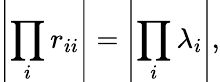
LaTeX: \left|\prod_{i}r_{ii}\right|=\left|\prod_{i}\lambda_{i}\right|,